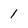
Character: 1